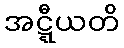
အဋ္ဋီယတိ